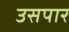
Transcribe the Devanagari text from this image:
उसपार